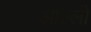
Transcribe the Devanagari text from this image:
ओल्ली